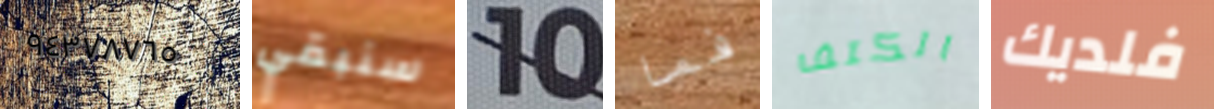
٩٤٣٧٨٧٦٥ سنبقي 10 فما الكتف فلديك